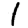
Digit: 1